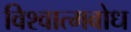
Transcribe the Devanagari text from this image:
विश्वात्मबोध